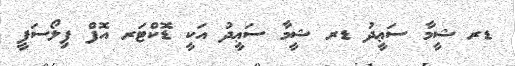
ޑރ ޝީމާ ސަޢީދު ޑރ ޝީމާ ސަޢީދު އަކީ ޑޮކްޓަރ އޮފް ފިލޯސަފީ